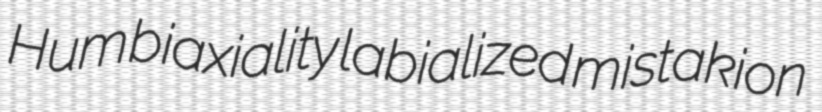
Hum biaxiality labialized mistakion